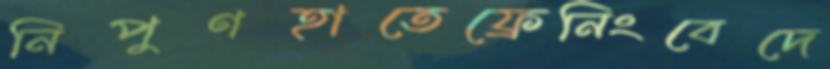
নিপুণহাতেফ্রেনিংবেদে